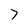
Character: 7